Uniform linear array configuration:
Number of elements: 8
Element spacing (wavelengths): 0.25
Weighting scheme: cosine
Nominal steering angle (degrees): -30
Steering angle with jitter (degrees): -28.561
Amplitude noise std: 0.05
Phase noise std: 0.05

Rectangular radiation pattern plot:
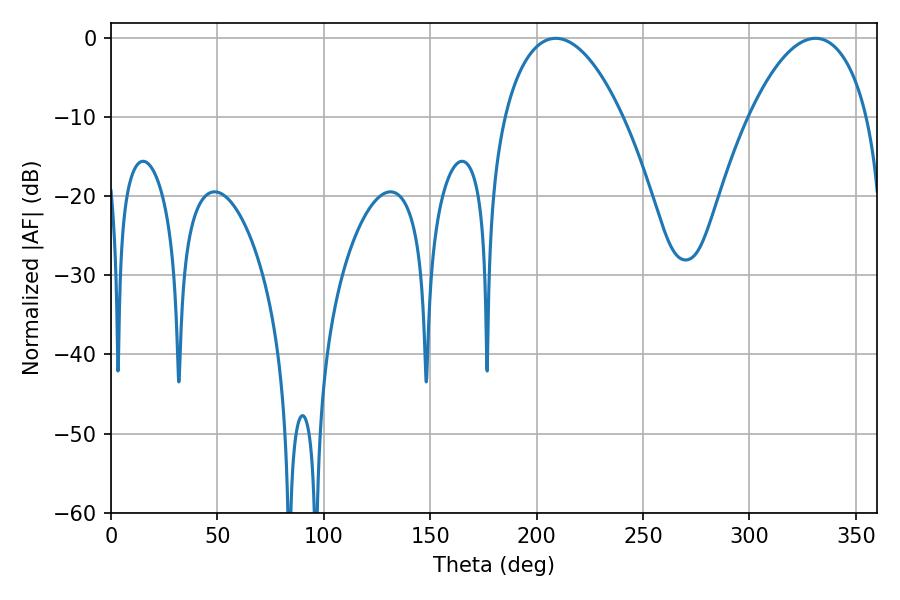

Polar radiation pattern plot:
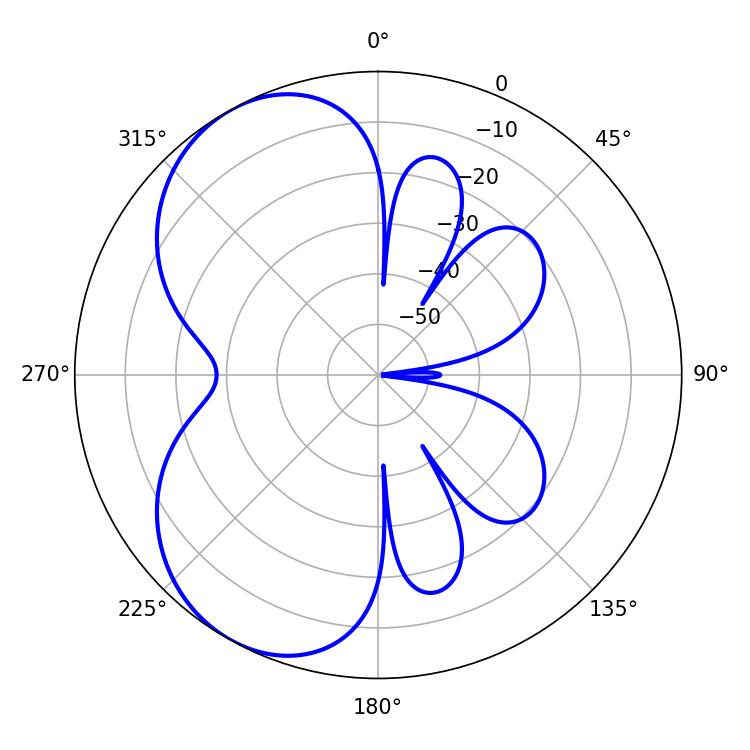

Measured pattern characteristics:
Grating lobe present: FALSE
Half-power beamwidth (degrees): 31.14
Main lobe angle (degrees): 208.98